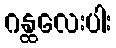
ဂန္ထလေးပါး